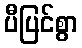
ပီပြင်စွာ